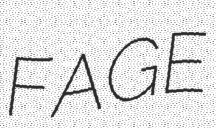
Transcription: FAGE